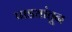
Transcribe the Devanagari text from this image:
पाड्यांतून